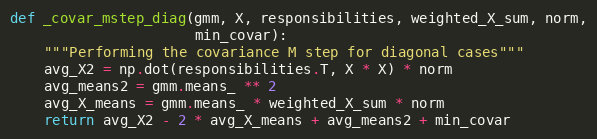
Language: Python
def _covar_mstep_diag(gmm, X, responsibilities, weighted_X_sum, norm,
                      min_covar):
    """Performing the covariance M step for diagonal cases"""
    avg_X2 = np.dot(responsibilities.T, X * X) * norm
    avg_means2 = gmm.means_ ** 2
    avg_X_means = gmm.means_ * weighted_X_sum * norm
    return avg_X2 - 2 * avg_X_means + avg_means2 + min_covar